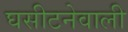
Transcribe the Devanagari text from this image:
घसीटनेवाली